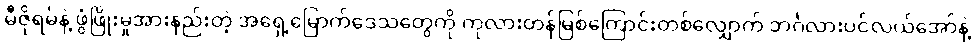
မီဇိုရမ်နဲ့ ဖွံဖြိုးမှုအားနည်းတဲ့ အရှေ့မြောက်ဒေသတွေကို ကုလားတန်မြစ်ကြောင်းတစ်လျှောက် ဘင်္ဂလားပင်လယ်အော်နဲ့